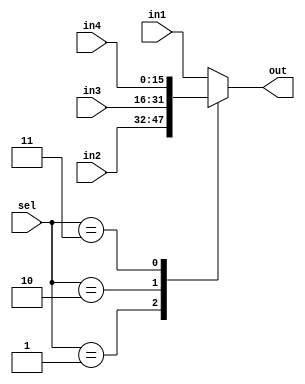
//simple 4:1 mux; all inputs are 16 bits wide and selectline is of 2 bits
module mux_4to1(in1,in2,in3,in4,sel,out);
input [15:0] in1,in2,in3,in4;
input [1:0] sel;
output [15:0] out;
reg [15:0]temp;
assign out=temp;
always@(in1,in2,in3,in4,sel)
begin
case(sel)

2'b01: temp=in2;
2'b10: temp=in3;
2'b11: temp=in4;
default: temp=in1;
endcase
end
endmodule

//TEST bENCH-working
//`timescale 1 ns/1 ps
//module tb_mux;
//reg [15:0] tb_in1,tb_in2,tb_in3,tb_in4;
//reg [1:0] tb_sel;
//wire [15:0] tb_out;
//mux_4to1 m4_1_0(tb_in1,tb_in2,tb_in3,tb_in4,tb_sel,tb_out);
//initial 
//begin
//tb_in1=16'b1010101010101111;
//tb_in2=16'b1111111100000000;
//tb_in3=16'b0000000000000001;
//tb_in4=16'b1010101011111111;
//#10;
//tb_sel=2'b01;
//#10;
//tb_sel=2'b10;
//#10;
//tb_sel=2'b11;
//#10;
//tb_sel=2'b00;
//
//end
//
//
//endmodule